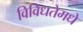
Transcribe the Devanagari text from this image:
विविधतेमधे